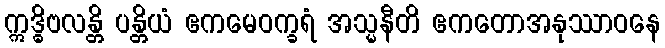
ဣဒ္ဓိဗလန္တိ ပန္တိယံ ဧကမေဝက္ခရံ အသ္မနီတိ ဧကတောအနုဿာဝနေ